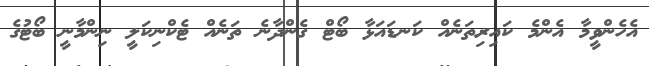
އެހެންވީމާ އެންމެ ކައިރިތަނެއް ކަނޑައަޅާ ބޯޓް ގެންދާނެ ތަނެއް ޓެކްނިކަލީ ނިންމާނީ ބޯޓުގެ